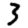
Digit: 3